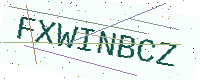
Text: FXWINBCZ